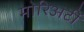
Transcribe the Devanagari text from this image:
मोरिअर्टी